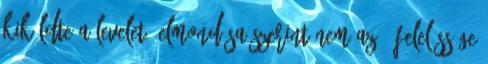
kiküldte a levelet, elmondása szerint nem az ő felelőssége